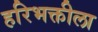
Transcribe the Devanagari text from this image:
हरिभक्तीला